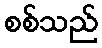
စစ်သည်